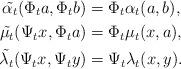
LaTeX: \begin{align*}\tilde{\alpha_t}(\Phi_ta,\Phi_tb)&=\Phi_t\alpha_t(a,b), \\\tilde{\mu_t}(\Psi_tx,\Phi_ta)&=\Phi_t\mu_t(x,a),\\\tilde{\lambda_t}(\Psi_tx,\Psi_ty)&=\Psi_t\lambda_t(x,y) .\end{align*}